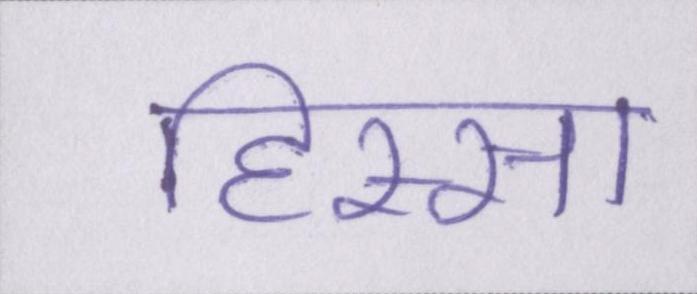
हिस्सा